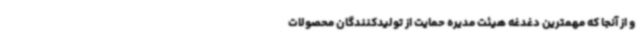
و از آنجا که مهمترین دغدغه هیئت مدیره حمایت از تولیدکنندگان محصولات